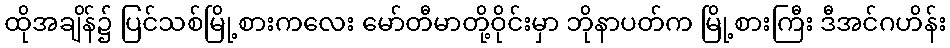
ထိုအချိန်၌ ပြင်သစ်မြို့စားကလေး မော်တီမာတို့ဝိုင်းမှာ ဘိုနာပတ်က မြို့စားကြီး ဒီအင်ဂဟိန်း